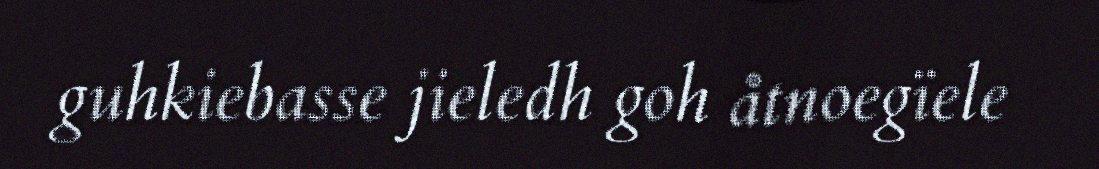
guhkiebasse jieledh goh åtnoegïele